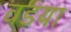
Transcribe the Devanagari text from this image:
वडया